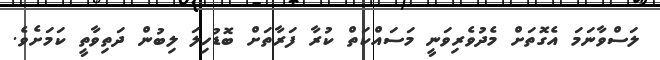
ލަސްވާނަމަ އެގޮތަށް މެދުވެރިވަނީ މަސައްކަތް ކުރާ ފަރާތަށް ބޮޑުހިލަ ލިބުން ދަތިވާތީ ކަމަށެވެ.